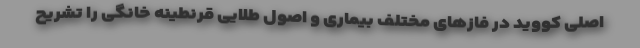
اصلی کووید در فازهای مختلف بیماری و اصول طلایی قرنطینه خانگی را تشریح